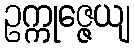
ဥက္ကုဇ္ဇေယျ